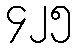
၄၂၅